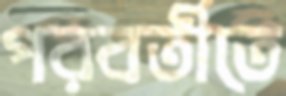
পরবর্তীতে